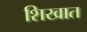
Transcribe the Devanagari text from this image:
शिखात